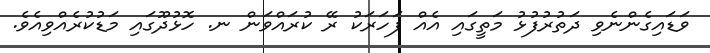
ވަޑައިގެންނެވި ދަތުރުފުޅު މަތީގައި އެއް ފަހަރަކު ރޭ ކުރައްވަން ނ. ހޮޅުދޫގައި މަޑުކުރެއްވިއެވެ.